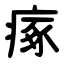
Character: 瘃